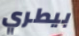
بيطري